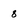
Character: 8